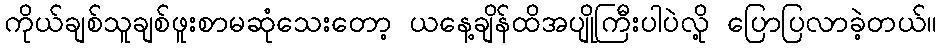
ကိုယ်ချစ်သူချစ်ဖူးစာမဆုံသေးတော့ ယနေ့ချိန်ထိအပျိုကြီးပါပဲလို့ ပြောပြလာခဲ့တယ်။